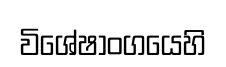
විශේෂාංගයෙහි